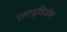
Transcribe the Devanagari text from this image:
एस्ट्युडिओस